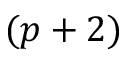
( p + 2 )